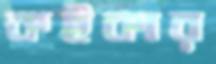
কইকার